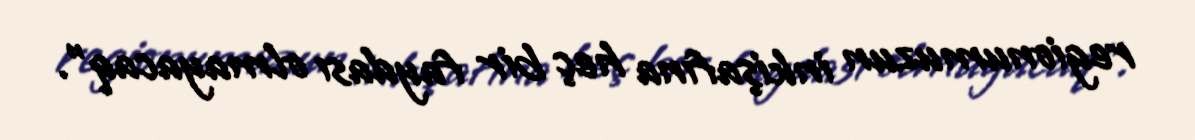
regionumuzun inkişafına heç bir faydası olmayacaq”.